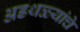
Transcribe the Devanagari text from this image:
अडथळ्यांचे